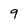
Character: 9